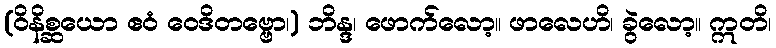
(ဝိနိစ္ဆယော ဧဝံ ဝေဒိတဗ္ဗော၊) ဘိန္ဒ၊ ဖောက်လော့။ ဖာလေဟိ၊ ခွဲလော့။ ဣတိ၊